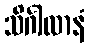
သိင်္ဂါလာနံ